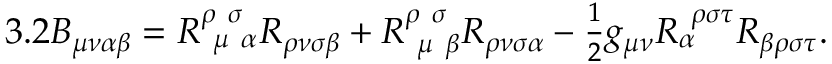
3 . 2 B _ { \mu \nu \alpha \beta } = R _ { \ \mu \ \alpha } ^ { \rho \ \sigma \ } R _ { \rho \nu \sigma \beta } + R _ { \ \mu \ \beta } ^ { \rho \ \sigma \ } R _ { \rho \nu \sigma \alpha } - \textstyle { \frac { 1 } { 2 } } g _ { \mu \nu } R _ { \alpha } ^ { \ \rho \sigma \tau } R _ { \beta \rho \sigma \tau } .